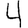
Digit: 4